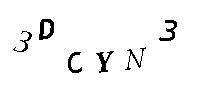
3DCYN3